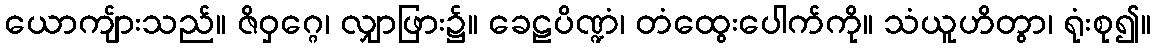
ယောကျ်ားသည်။ ဇိဝှဂ္ဂေ၊ လျှာဖြား၌။ ခေဠပိဏ္ဍံ၊ တံထွေးပေါက်ကို။ သံယူဟိတွာ၊ ရုံးစု၍။